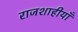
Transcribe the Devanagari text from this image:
राजशाहीयाँ